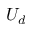
U _ { d }